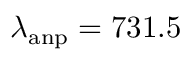
\lambda _ { \mathrm { a n p } } = 7 3 1 . 5